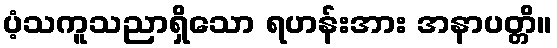
ပံ့သကူသညာရှိသော ရဟန်းအား အနာပတ္တိ။